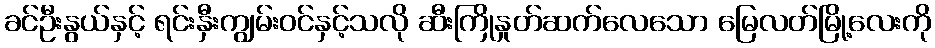
ခင်ဦးနွယ်နှင့် ရင်းနှီးကျွမ်းဝင်နှင့်သလို ဆီးကြိုနှုတ်ဆက်လေသော မြေလတ်မြို့လေးကို